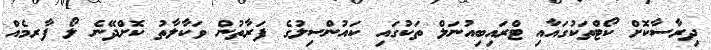
ދިރާސާކޮށް ކޯޓްތަކުގައާއި ޓްރައިބިއުނަލް ތަކުގައި ކައުންސިލުގެ ފަރާތުން ވަކާލާތު ކޮށްދޭނެ ލޯ ފާރމެއް